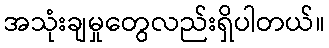
အသုံးချမှုတွေလည်းရှိပါတယ်။